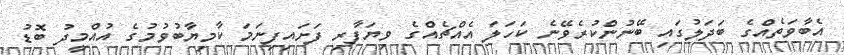
އެބާވަތެއްގެ ބަދަލުގައި ބޭނުންކުރެވޭނެ ކަހަލަ އެއްޗެއްގެ ވިޔަފާރި ފަށައިފިނަމަ ކާމިޔާބުވުމުގެ އުއްމީދު ބޮޑު